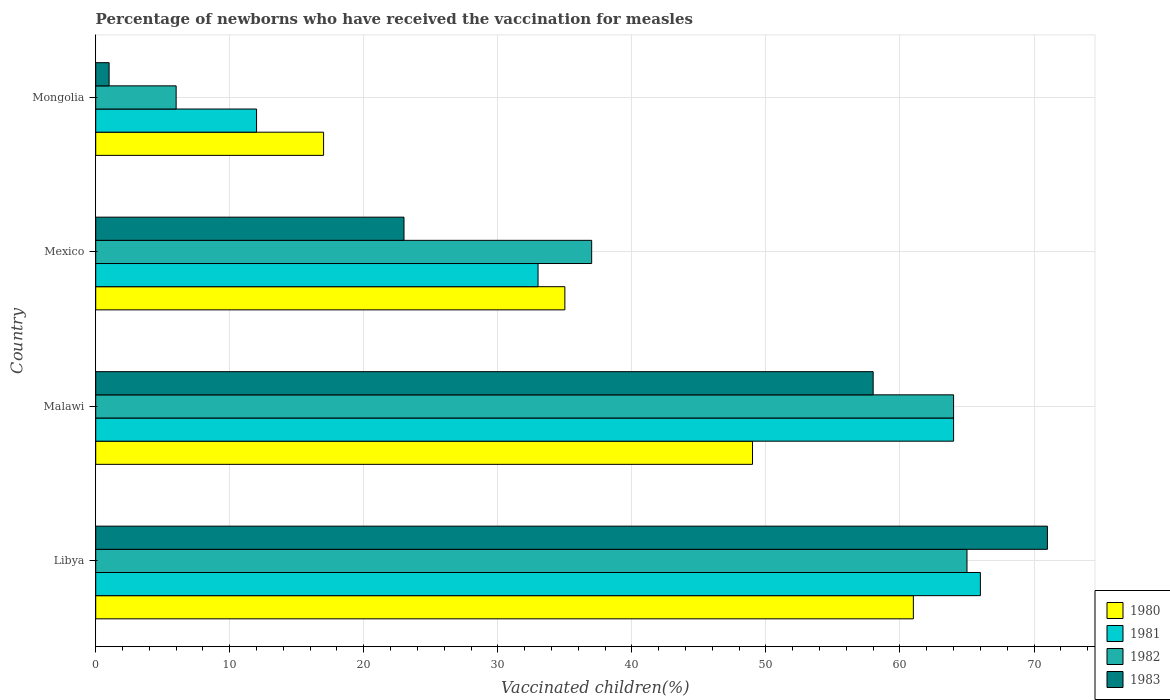
| Country | 1980 | 1981 | 1982 | 1983 |
 | --- | --- | --- | --- | --- |
 | Libya | 61 | 66 | 65 | 71 |
 | Malawi | 49 | 64 | 64 | 58 |
 | Mexico | 35 | 33 | 37 | 23 |
 | Mongolia | 17 | 12 | 6 | 1 |